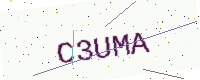
Text: C3UMA